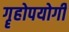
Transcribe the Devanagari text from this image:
गॄहोपयोगी